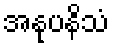
အနုပနိသံ